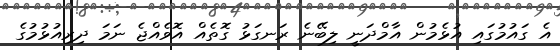
އެ ގައުމުގައި އުޅެމުން އާމްދަނީ ލިބޭނެ ރަނގަޅު ގޮތެއް އޮވެއްޖެ ނަމަ ދިރިއުޅުމުގެ